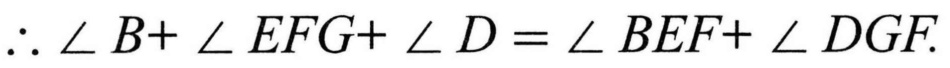
\(\therefore \angle B+\angle EFG+\angle D=\angle BEF+\angle DGF.\)